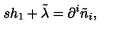
s h _ { 1 } + \tilde { \lambda } = \partial ^ { i } \tilde { n } _ { i } ,